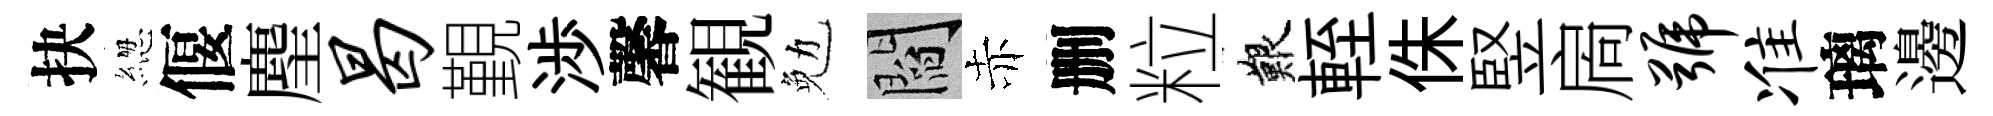
抉緫偃麈曷覲渉馨観勉閻赤删粒艱輊侏竪扄号准璃邊